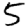
Digit: 5